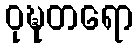
ဝုဍ္ဎတရော